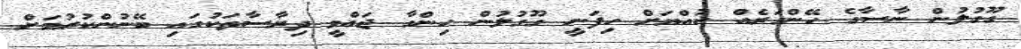
ގޫގުލުން ނާސާގެ ހޭންގަރެއް ކުއްޔަށް ހިފަނީ ގޫގުލުން ހިންގާ ޖައްވީ ދިރާސާތަކުގައި ބޭނުންކުރުމަށް